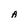
Character: A